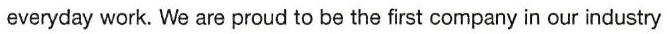
everyday work. We are proud to be the first company in our industry